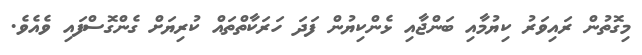
މިގޮތުން ރައިވަރު ކިޔުމާއި ބަންޖާއި ޅެންކިޔުން ފަދަ ހަރަކާތްތައް ކުރިޔަށް ގެންގޮސްފައި ވެއެވެ.